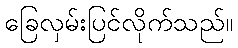
ခြေလှမ်းပြင်လိုက်သည်။